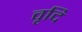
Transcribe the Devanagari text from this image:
वृदि